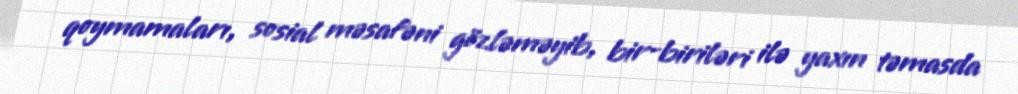
qoymamaları, sosial məsafəni gözləməyib, bir-biriləri ilə yaxın təmasda